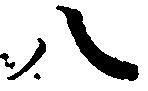
八